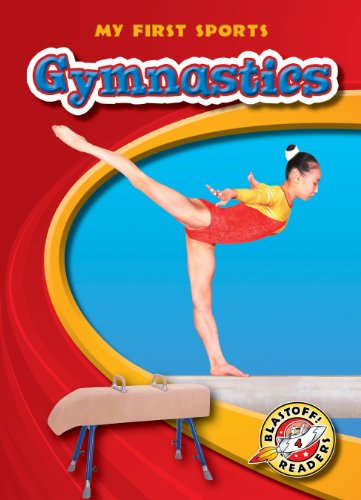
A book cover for Gymnastics (Blastoff! Readers: My First Sports); Anne Wendorff; Children's Books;